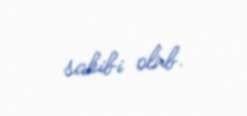
sahibi olub.